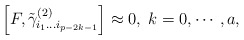
\begin{align*}\left[ F,\tilde \gamma _{i_1\ldots i_{p-2k-1}}^{(2)}\right]\approx 0,\;k=0,\cdots ,a,\end{align*}